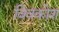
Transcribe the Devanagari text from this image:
विवकोश